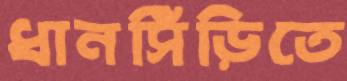
ধানসিঁড়িতে